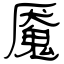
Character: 魇